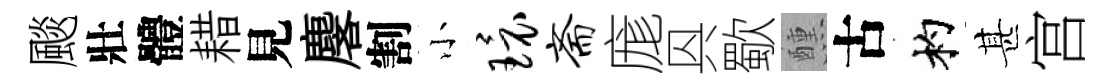
颷壯體耤見麐割小环斋庬㒷歜醺古杓甚宫